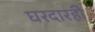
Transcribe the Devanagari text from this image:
घरदारही